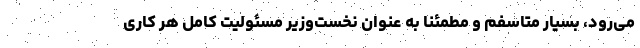
می‌رود، بسیار متاسفم و مطمئنا به عنوان نخست‌وزیر مسئولیت کامل هر کاری